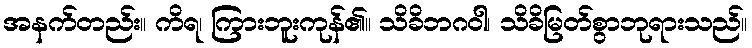
အနက်တည်း။ ကိရ၊ ကြားဘူးကုန်၏။ သိခိဘဂဝါ၊ သိခိမြတ်စွာဘုရားသည်။